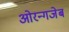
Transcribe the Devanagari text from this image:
ओरन्गजेब